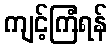
ကျင့်ကြံရန်